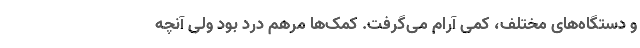
و دستگاه‌های مختلف، کمی آرام می‌گرفت. کمک‌ها مرهم درد بود ولی آنچه